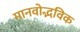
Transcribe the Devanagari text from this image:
मानवोद्भविक